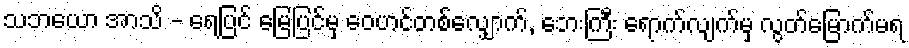
သဘယော အာသိ - ရေပြင် မြေပြင်မှ ဝေဟင်တစ်လျှောက်, ဘေးကြီး ရောက်လျက်မှ လွတ်မြောက်မရ